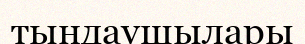
тындаушылары